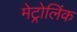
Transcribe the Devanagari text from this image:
मेट्रोलिंक